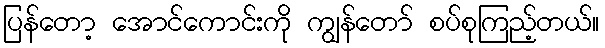
ပြန်တော့ အောင်ကောင်းကို ကျွန်တော် စပ်စုကြည့်တယ်။